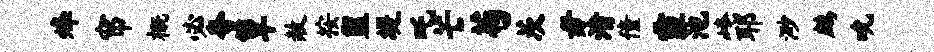
烽帘概必夸簟赦按盥堤吒芒苟茨毋渚僮霾池崦耶渺鹧吮